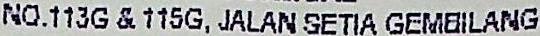
NO.113G & 115G, JALAN SETIA GEMBILANG